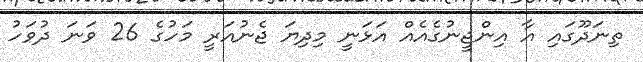
ތިނަދޫގައި އާ އިންޖީނުގެއެއް އަޅަނީ މިދިޔަ ޖެނުއަރީ މަހުގެ 26 ވަނަ ދުވަހު